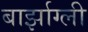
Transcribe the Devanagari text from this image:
बार्झाग्ली